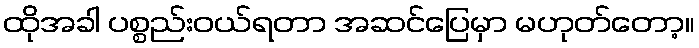
ထိုအခါ ပစ္စည်းဝယ်ရတာ အဆင်ပြေမှာ မဟုတ်တော့။